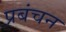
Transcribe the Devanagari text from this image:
प्रबंचन